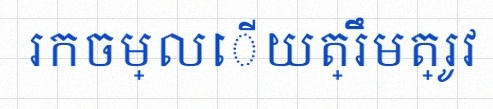
រកចម្លើយត្រឹមត្រូវ